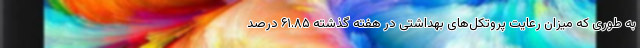
به طوری که میزان رعایت پروتکل‌های بهداشتی در هفته گذشته ۶۱.۸۵ درصد